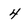
Character: 4